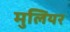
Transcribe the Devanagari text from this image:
मुलियर